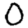
Digit: 0